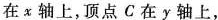
在χ轴上，顶点C在y轴上，